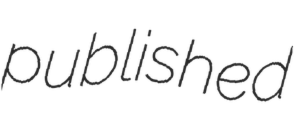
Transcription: published